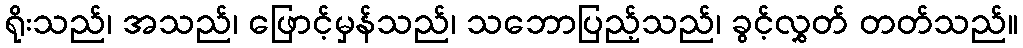
ရိုးသည်၊ အသည်၊ ဖြောင့်မှန်သည်၊ သဘောပြည့်သည်၊ ခွင့်လွှတ် တတ်သည်။